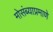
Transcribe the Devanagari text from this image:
मोसंब्याप्रमाणे